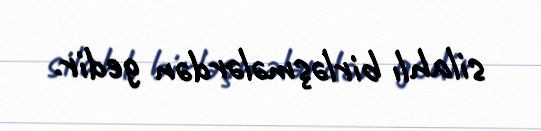
silahlı birləşmələrdən gedir.